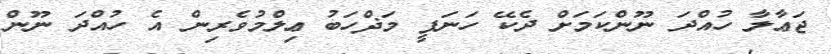
ޖަޢާލާ ހުއްދަ ނޫންކަމަށް ދެކޭ ހަނަފީ މަޛްހަބު ޢިލްމުވެރިން އެ ހުއްދަ ނޫން